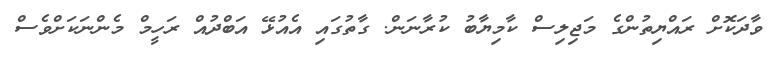
ވާދަކޮށް ރައްޔިތުންގެ މަޖިލިސް ކާމިޔާބު ކުރާނަން. ގާތުގައި އެއުޅޭ އަބްދުއް ރަހީމް މެންނަކަށްވެސް